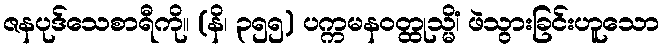
ဇနပုဒ်သေစာရီကို။ (နိ၊ ၃၅၅) ပက္ကမနဝတ္ထုသ္မိံ၊ ဖဲသွားခြင်းဟူသော